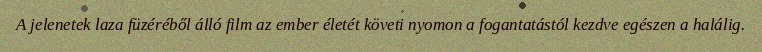
A jelenetek laza füzéréből álló film az ember életét követi nyomon a fogantatástól kezdve egészen a halálig.